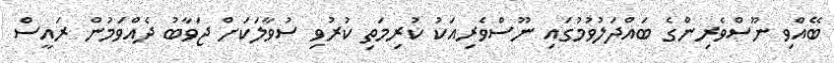
ބޭއްވި ނޫސްވެރިންގެ ބައްދަލުވުމުގައި ނޫސްވެރިއަކު ކުރިމަތި ކުރުވި ސުވާލަކަށް ޖަވާބު ދެއްވަމުން ރައީސް